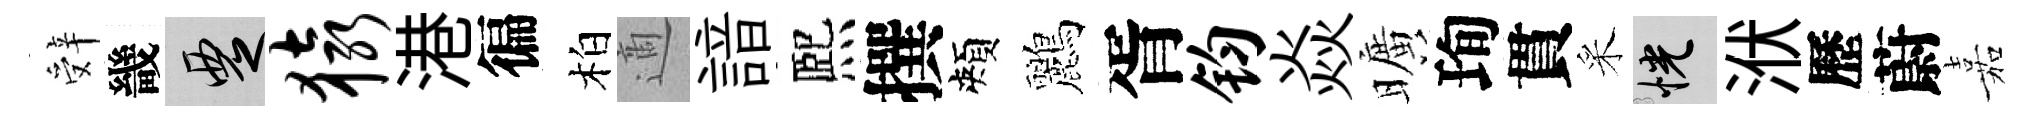
辤畿覂猿港徧柏適諳熈撰頰鸝胥钧焱曠珣貫采恍洑歷蔚嘉